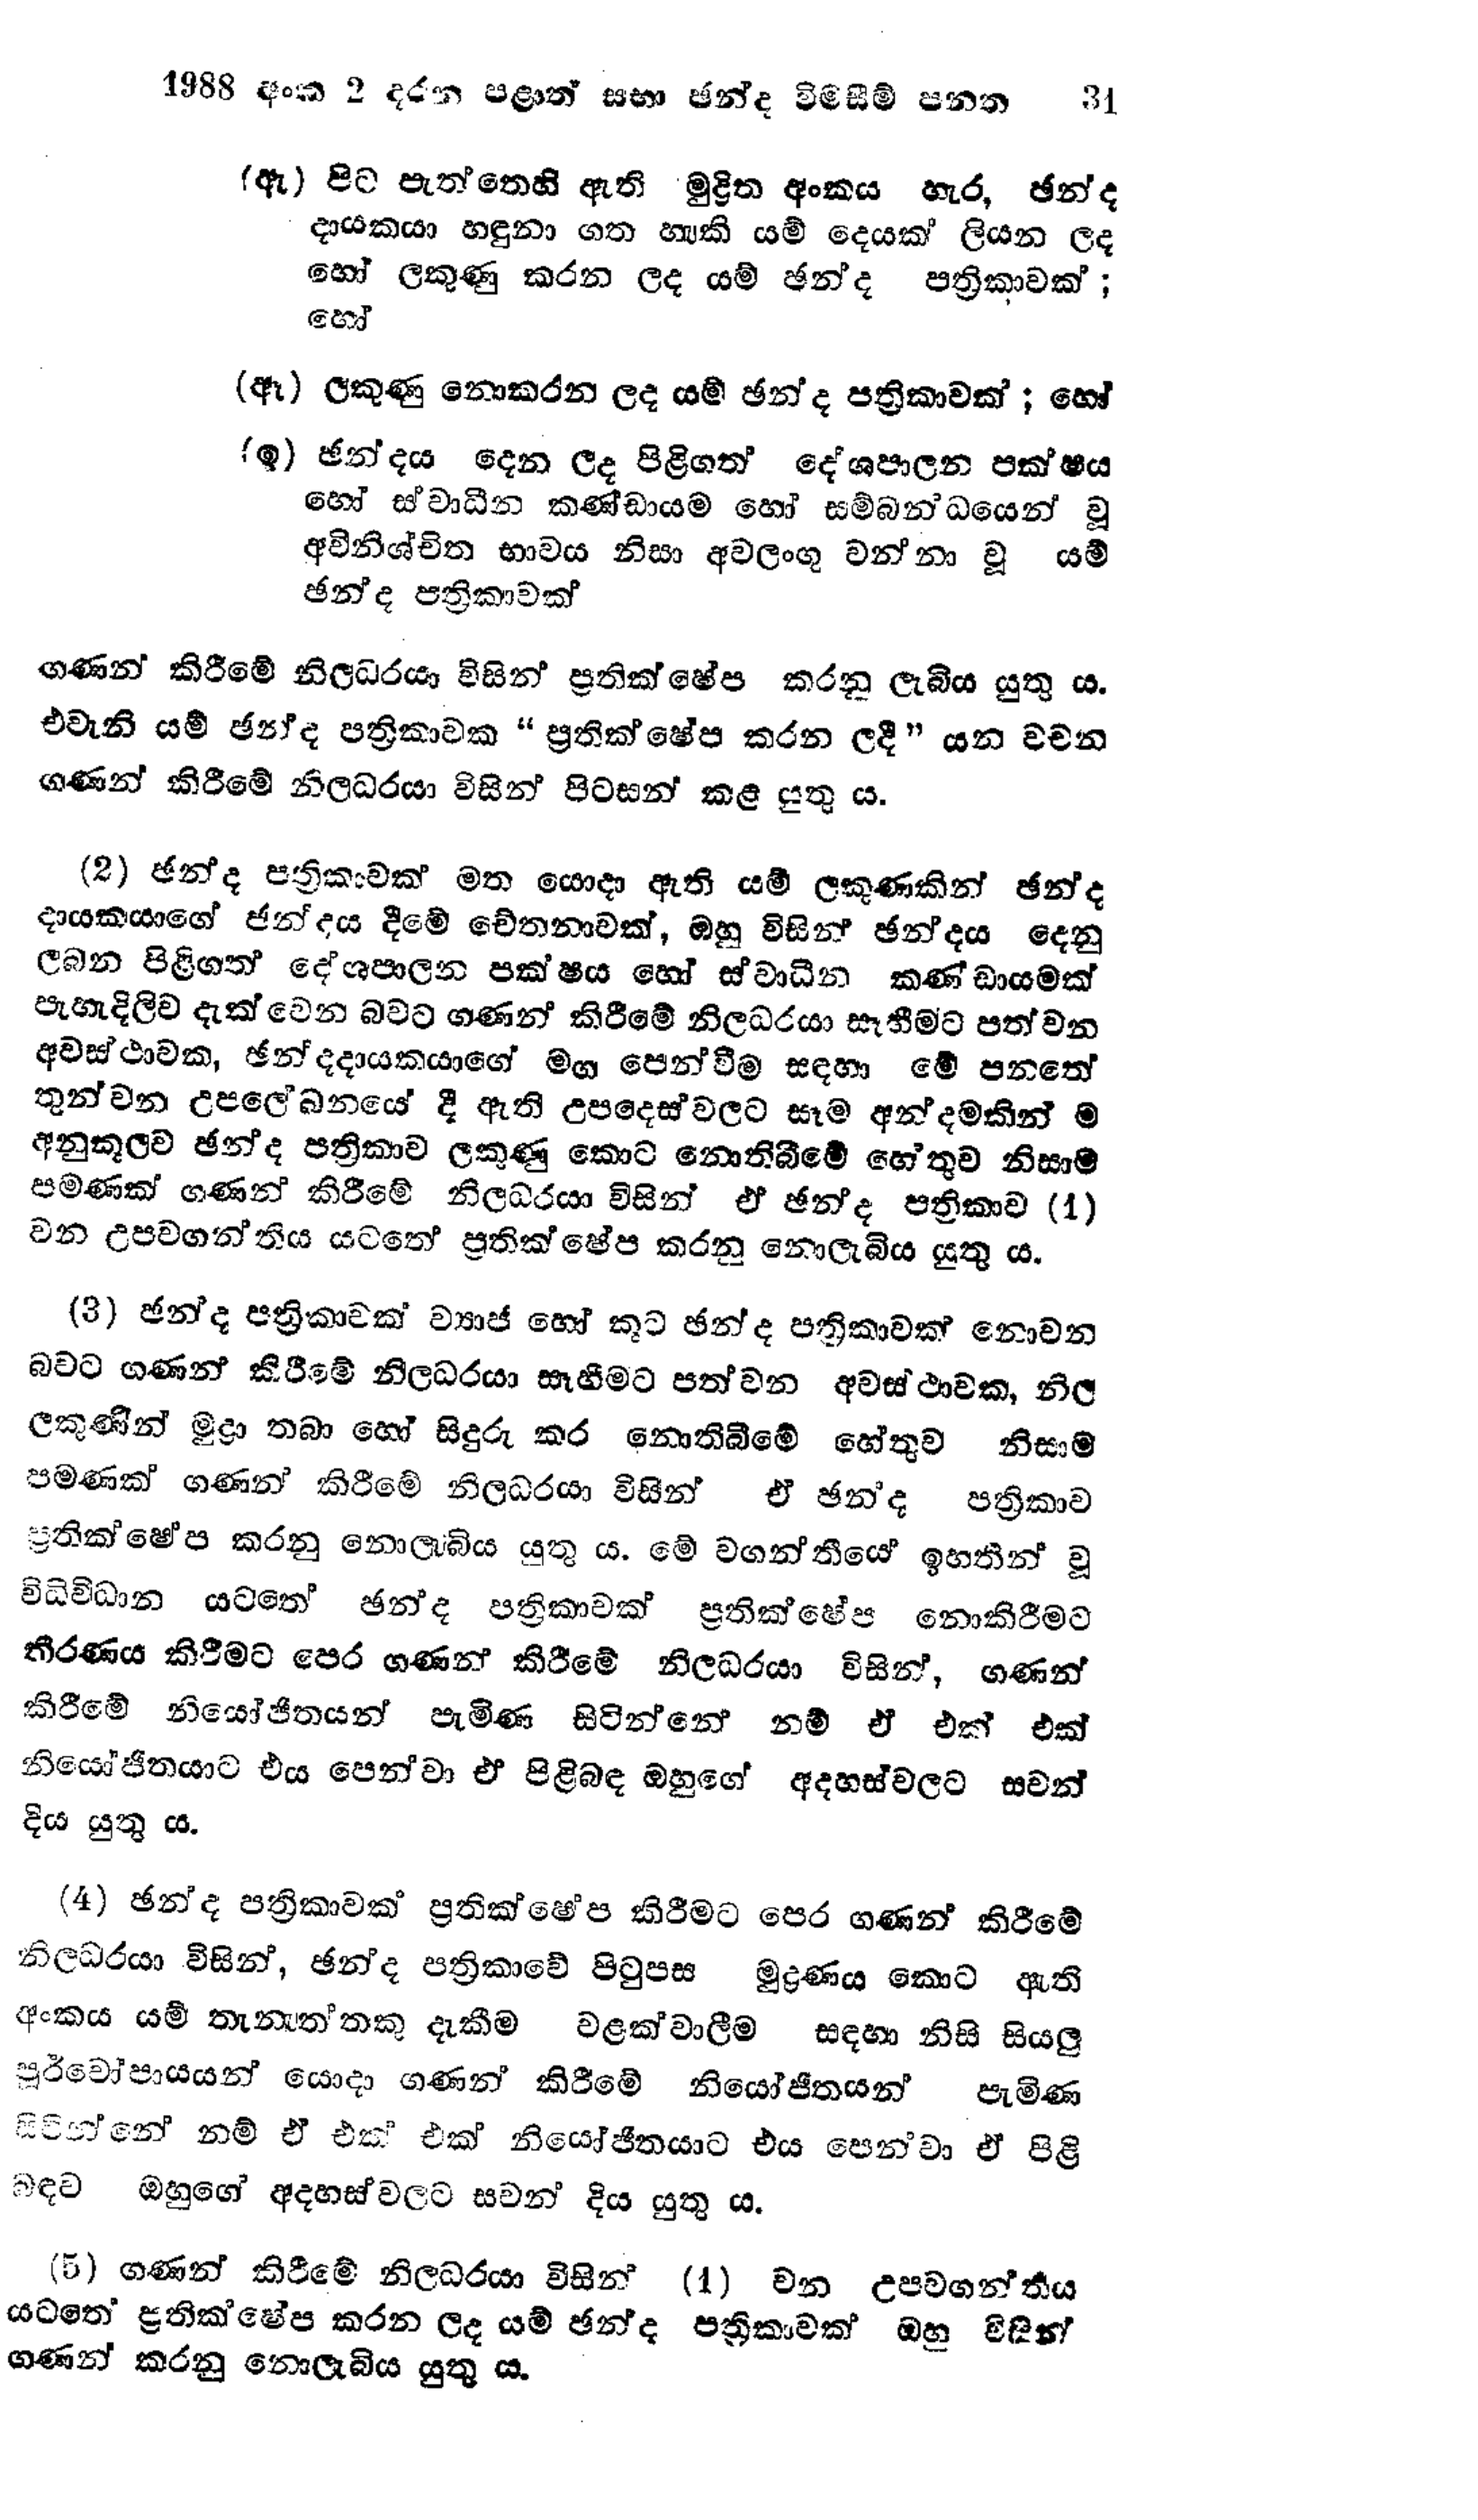
1988 අංක 2 දරන පළාත් සභා ඡන්ද විමසීම් පනත 31

(ඇ) පිට පැත්තෙහි ඇති මුද්‍රිත අංකය හැර, ඡන්ද
දායකයා හඳුනා ගත හැකි යම් දෙයක් ලියන ලද
හෝ ලකුණු කරන ලද යම් ඡන්ද පත්‍රිකාවක්;
හෝ

(ඈ) ලකුණු නොකරන ලද යම් ඡන්ද පත්‍රිකාවක්; හෝ

(ඉ) ඡන්දය දෙන ලද පිළිගත් දේශපාලන පක්ෂය
හෝ ස්වාධීන කණ්ඩායම හෝ සම්බන්ධයෙන් වූ
අවිනිශ්චිත භාවය නිසා අවලංගු වන්නා වූ යම්
ඡන්ද පත්‍රිකාවක්

ගණන් කිරීමේ නිලධරයා විසින් ප්‍රතික්ෂේප කරනු ලැබිය යුතු ය.
එවැනි යම් ඡන්ද පත්‍රිකාවක "ප්‍රතික්ෂේප කරන ලදී " යන වචන
ගණන් කිරීමේ නිලධරයා විසින් පිටසන් කළ යුතු ය.

(2) ඡන්ද පත්‍රිකාවක් මත යොදා ඇති යම් ලකුණකින් ඡන්ද
දායකයාගේ ඡන්දය දීමේ චේතනාවක්, ඔහු විසින් ඡන්දය දෙනු
ලබන පිළිගත් දේශපාලන පක්ෂය හෝ ස්වාධීන කණ්ඩායමක්
පැහැදිලිව දැක්වෙන බවට ගණන් කිරීමේ නිලධරයා සෑහීමට පත් වන
අවස්ථාවක, ඡන්දදායකයාගේ මග පෙන්වීම සඳහා මේ පනතේ
තුන්වන උපලේඛනයේ දී ඇති උපදෙස් වලට සෑම අන්දමකින් ම
අනුකූලව ඡන්ද පත්‍රිකාව ලකුණු කොට නොතිබීමේ හේතුව නිසාම
පමණක් ගණන් කිරීමේ නිලධරයා විසින් ඒ ඡන්ද පත්‍රිකාව (1)
වන උපවගන්තිය යටතේ ප්‍රතික්ෂේප කරනු නොලැබිය යුතු ය.

(3) ඡන්ද පත්‍රිකාවක් ව්‍යාජ හෝ කූට ඡන්ද පත්‍රිකාවක් නොවන
බවට ගණන් කිරීමේ නිලධරයා සෑහීමට පත්වන අවස්ථාවක, නිල
ලකුණින් මුද්‍රා තබා හෝ සිදුරු කර නොතිබීමේ හේතුව නිසාම
පමණක් ගණන් කිරීමේ නිලධරයා විසින් ඒ ඡන්ද පත්‍රිකාව
ප්‍රතික්ෂේප කරනු නොලැබිය යුතු ය. මේ වගන්තියේ ඉහතින් වූ
විධිවිධාන යටතේ ඡන්ද පත්‍රිකාවක් ප්‍රතික්ෂේප නොකිරීමට
තීරණය කිරීමට පෙර ගණන් කිරීමේ නිලධරයා විසින්, ගණන්
කිරීමේ නියෝජිතයන් පැමිණ සිටින්නේ නම් ඒ එක් එක්
නියෝජිතයාට එය පෙන්වා ඒ පිළිබඳ ඔහුගේ අදහස් වලට සවන්
දිය යුතු ය.

(4) ඡන්ද පත්‍රිකාවක් ප්‍රතික්ෂේප කිරීමට පෙර ගණන් කිරීමේ
නිලධරයා විසින්, ඡන්ද පත්‍රිකාවේ පිටුපස මුද්‍රණය කොට ඇති
අංකය යම් තැනැත‍්තකු දැකීම වළක්වාලීම සඳහා නිසි සියලු
පූර්වෝපායයන් යොදා ගණන් කිරීමේ නියෝජිතයන් පැමිණ
සිටින්නේ නම් ඒ එක් එක් නියෝජිතයාට එය පෙන්වා ඒ පිළි
බඳව ඔහුගේ අදහස් වලට සවන් දිය යුතු ය.

(5) ගණන් කිරීමේ නිලධරයා විසින් (1) වන උපවගන්තිය
යටතේ ප්‍රතික්ෂේප කරන ලද යම් ඡන්ද පත්‍රිකාවක් ඔහු විසින්
ගණන් කරනු නොලැබිය යුතු ය.